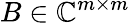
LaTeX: B\in\mathbb{C}^{m\times m}